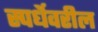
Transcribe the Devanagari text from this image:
स्पर्धेवरील